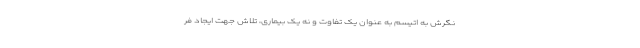
نگرش به اتیسم به عنوان یک تفاوت و نه یک بیماری، تلاش جهت ایجاد فر